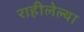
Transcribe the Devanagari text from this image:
राहीलेल्या